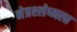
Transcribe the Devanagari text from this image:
नेत्रश्‍लेष्मला